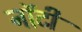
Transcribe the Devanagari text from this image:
नॉटी